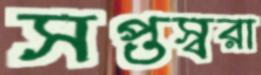
সপ্তস্বরা